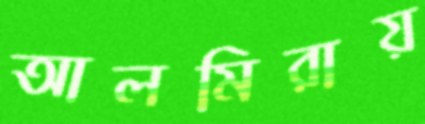
আলমিরায়